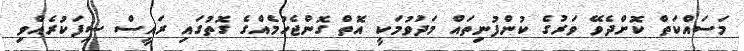
މަސައްކަތް ކޮށްދެވޭ ވަރުގެ ކުންފުނިތައް މަދުވުމަކީ އޮތް ގޮންޖެހުމެއްގެ ގޮތުގައި ރައީސް ސިފަކުރެއްވި